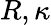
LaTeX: R,\kappa